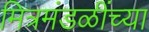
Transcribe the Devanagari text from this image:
मित्रमंडळींच्या